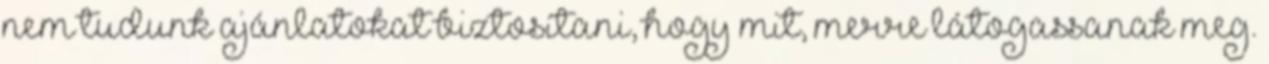
nem tudunk ajánlatokat biztosítani, hogy mit, merre látogassanak meg.